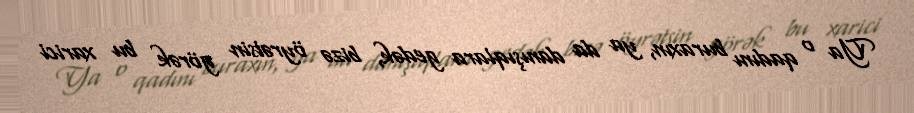
Ya o qadını buraxın, ya da danışıqlara gedək, bizə öyrətsin görək bu xarici